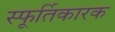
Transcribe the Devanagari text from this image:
स्फूर्तिकारक